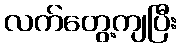
လက်တွေ့ကျပြီး